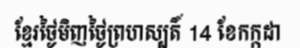
ខ្មែរថ្ងៃមិញថ្ងៃព្រហស្បតិ៍ 14 ខែកក្កដា